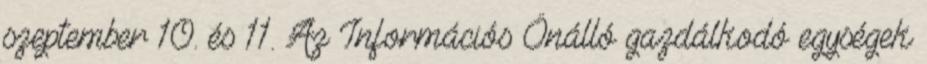
szeptember 10. és 11. Az Információs Önálló gazdálkodó egységek